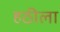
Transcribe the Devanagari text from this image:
हठीला